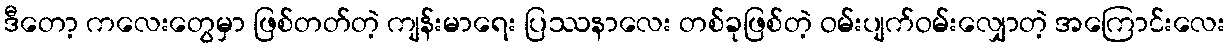
ဒီတော့ ကလေးတွေမှာ ဖြစ်တတ်တဲ့ ကျန်းမာရေး ပြဿနာလေး တစ်ခုဖြစ်တဲ့ ဝမ်းပျက်ဝမ်းလျှောတဲ့ အကြောင်းလေး